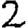
Digit: 2